Korporatsioon_Amicitia, lk 6
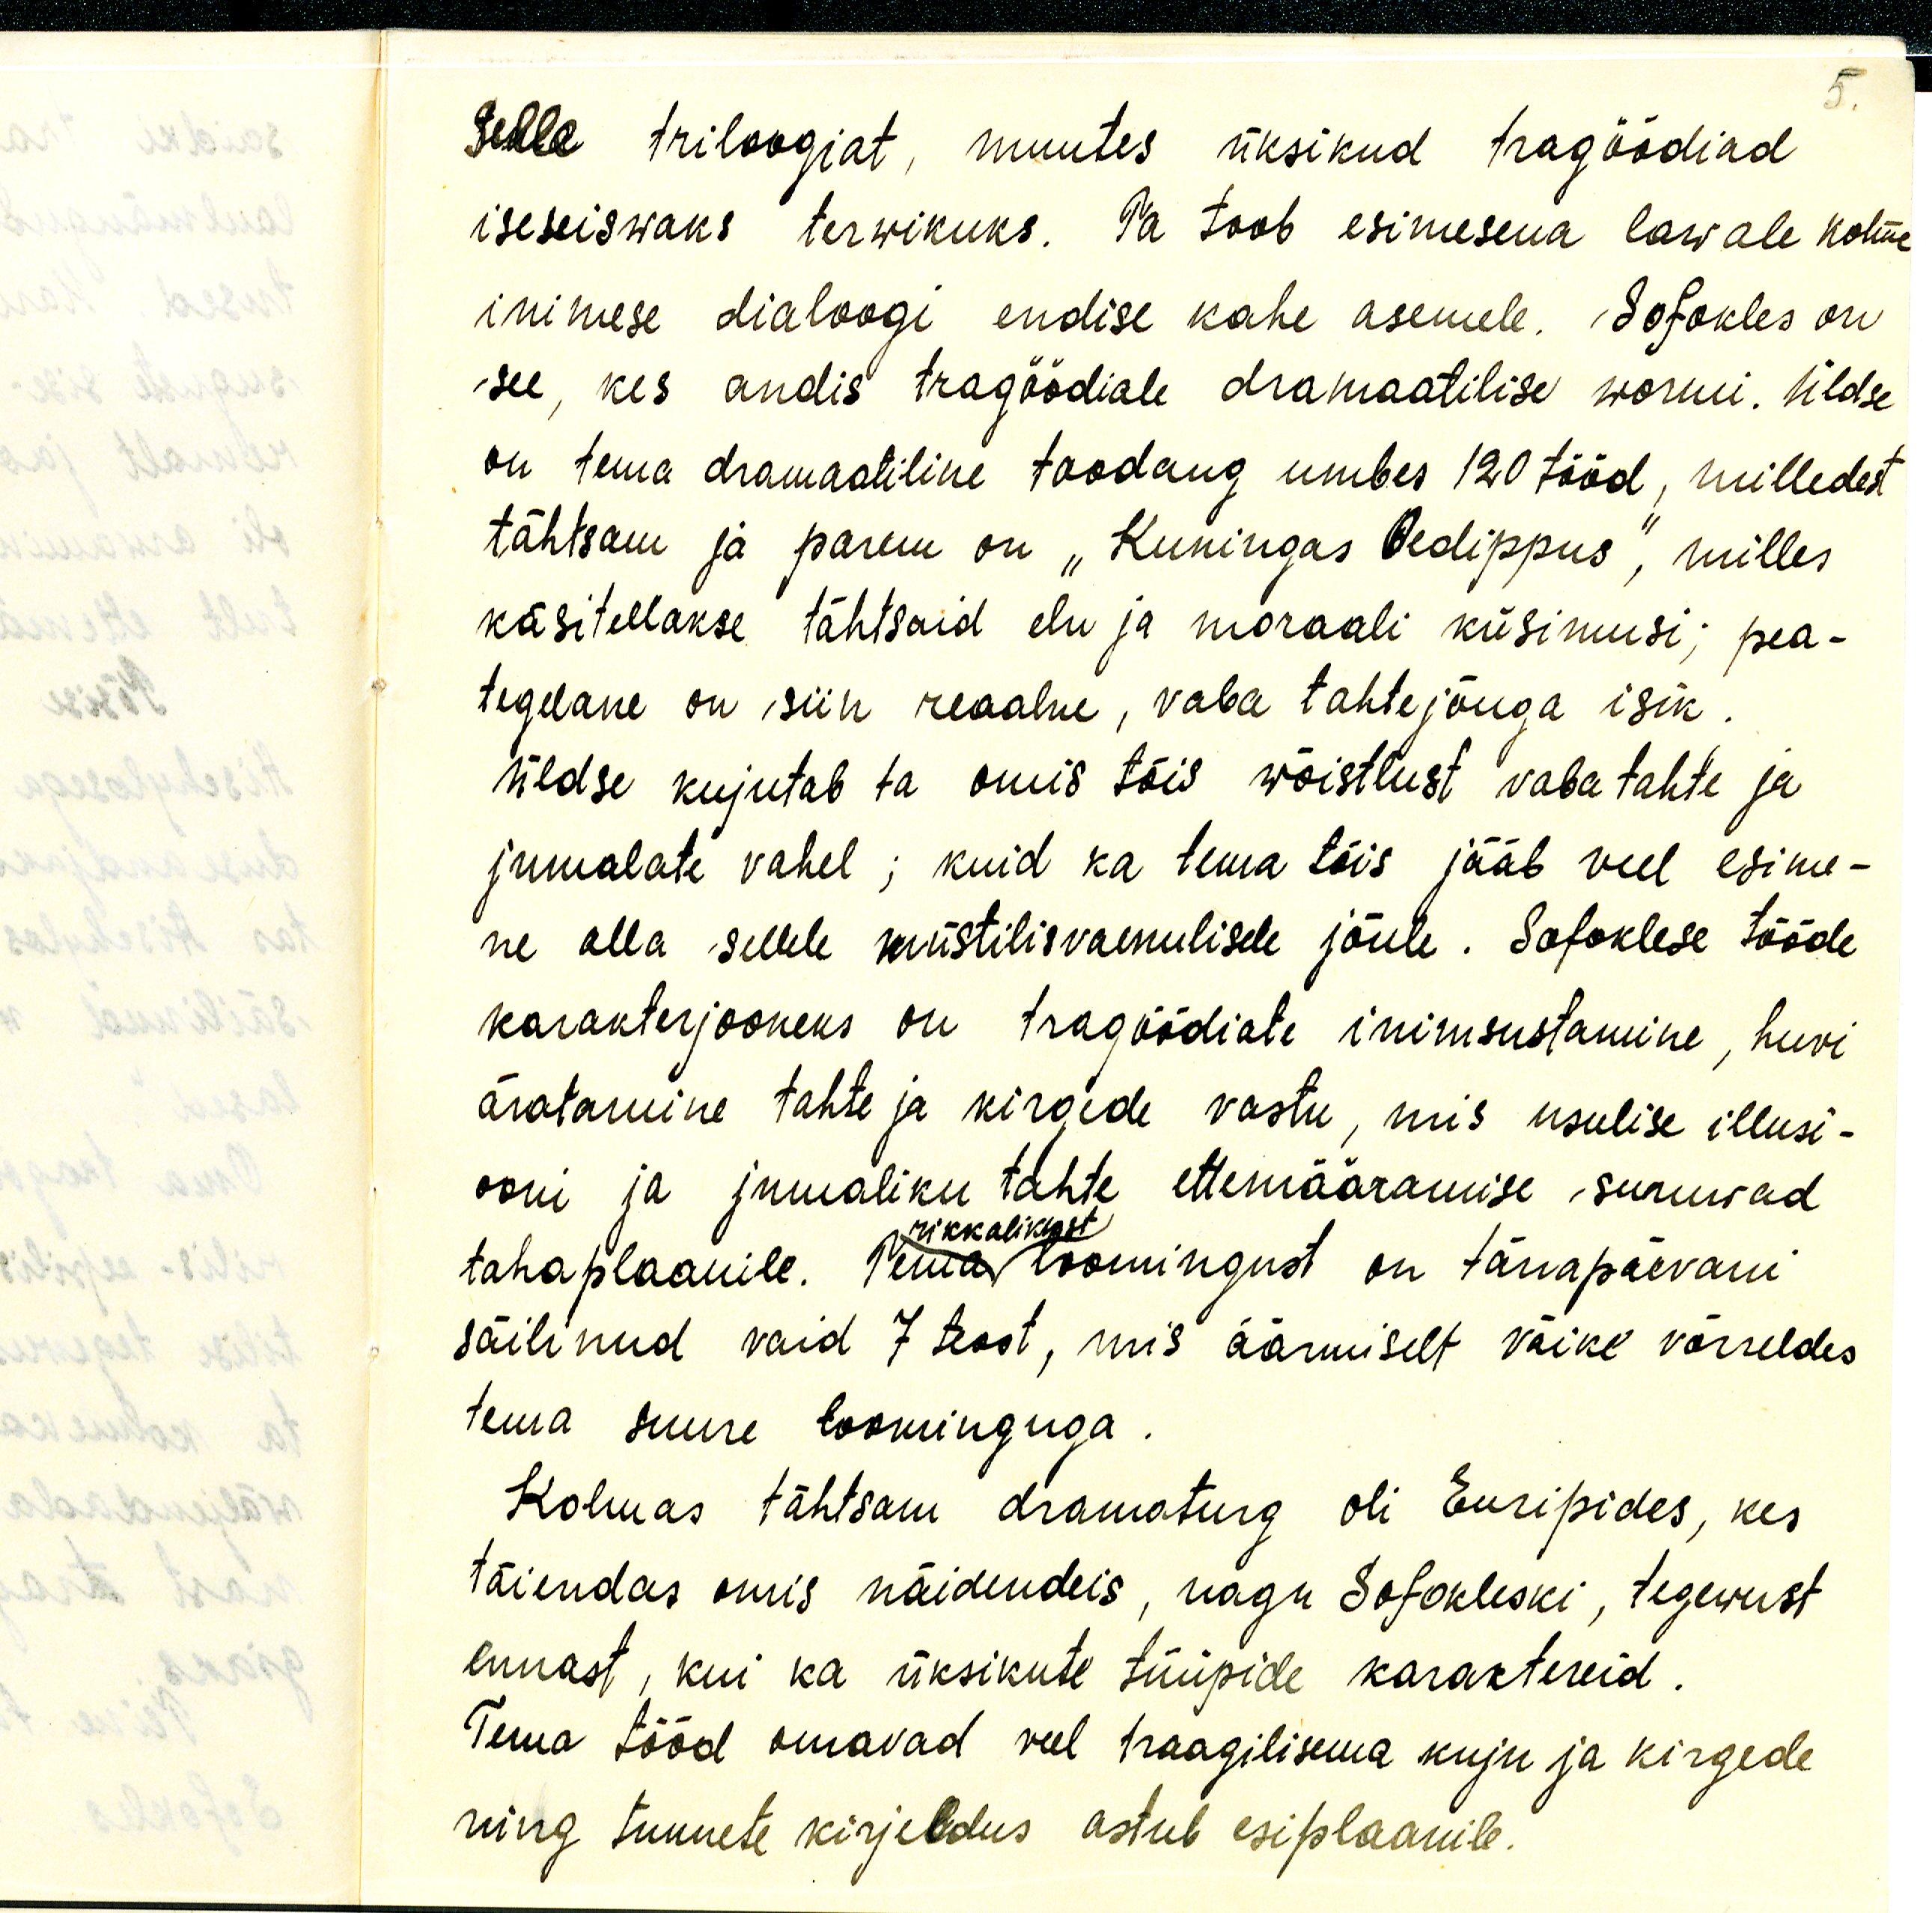
5.

Selle triloogiat, muutes üksikud tragöödiad
iseseiswaks terwikuks. Ta toob esimesena lawale kolme
inimese dialoogi endise kahe asemele. Sofokles on
see, kes andis tragoodiale dramaatilise wormi. Üldse
on tema dramaatiline toodang umbes 120 tööd, milledest
tähtsam ja parem on "Kuningas Oedippus", milles
käsitellakse tähtsaid elu ja moraali küsimusi; pea-
tegelane on siin reaalne, vaba tahtejõuga isik.
üldse kujutab ta omis töis wõistlust vabatahte ja
jumalate vahel; kuid ka tema töis jääb veel esime-
ne alla sellele müstilisvaenulisele jõule. Sofoklese tööde
karakterjooneks on tragöödiate inimsustamine, huvi-
äratamine tahte ja kirgede vastu, mis usulise illusi-
ooni ja jumaliku tahte ettemääramise suruvad
rikkalikust
taha plaanile. Tema loomingust on tänapäevani
säilinud vaid 7 teost, mis äärmiselt väike võrreldes
tema suure loominguga.
Kolmas tähtsam dramaturg oli Euripides, kes
täiendas omis näidendeis, nagu Sofokleski, tegewust
ennast, kui ka üksikute tüüpide karaktereid.
Tema tööd annavad veel traagilisema kuju ja kirgede
ning tunnete kirjeldus astub esiplaanile.